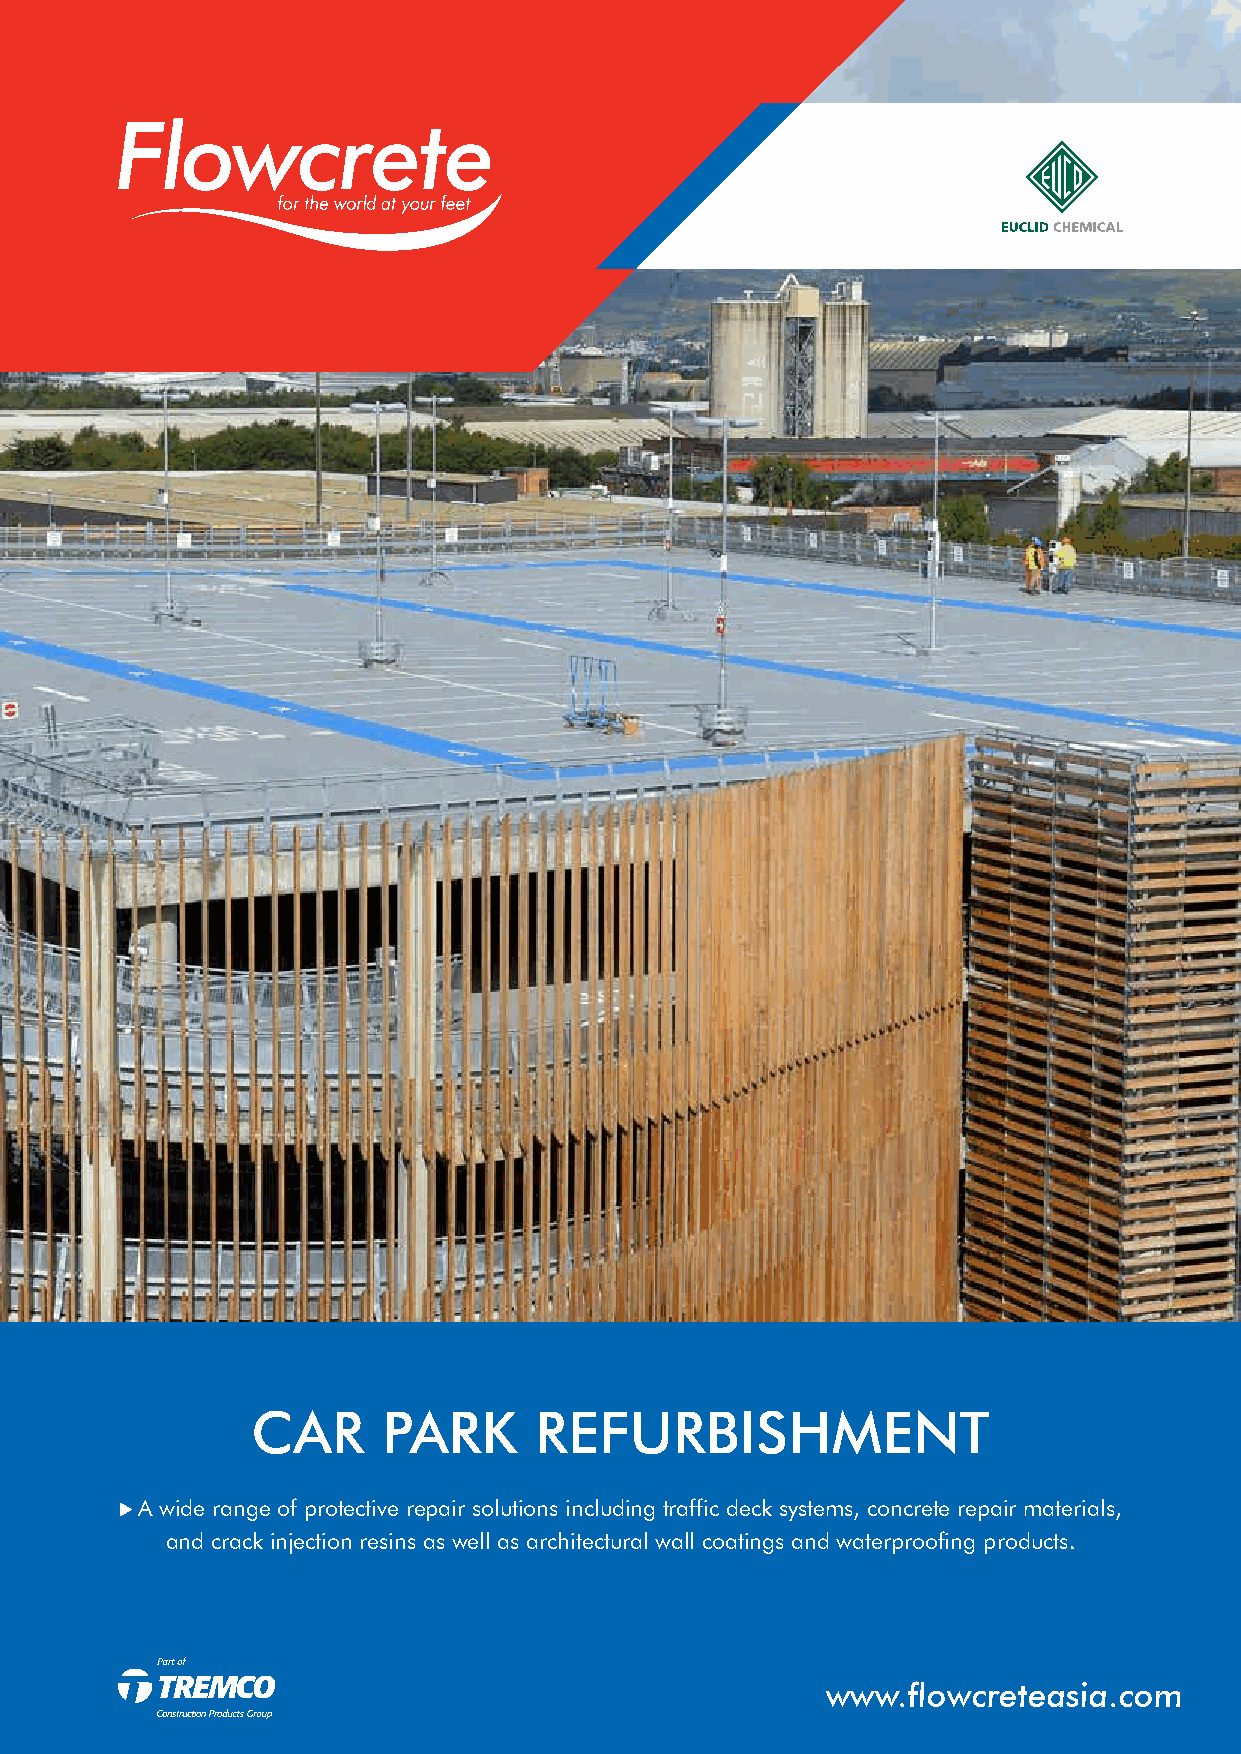
CAR     PARK      REFURBISHMENT
 ⊲ A wide range of protective repair solutions including traffic deck systems, concrete repair materials,
 and crack injection resins as well as architectural wall coatings and waterproofing products.
 wwwwww..fflloowwccrreetteeaassiiaa..ccoomm